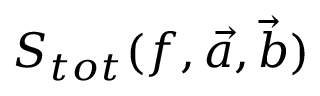
S _ { t o t } ( f , \vec { a } , \vec { b } )